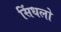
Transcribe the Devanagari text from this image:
सिंधलो